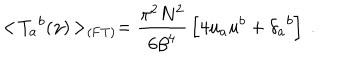
< \! { { T } _ { a } } ^ { b } ( \gamma ) \! > _ { \mathrm { ( F T ) } } = { \frac { \pi ^ { 2 } N ^ { 2 } } { 6 { { \beta } } ^ { 4 } } } \left[ 4 u _ { a } u ^ { b } + { { \delta } _ { a } } ^ { b } \right] \ .